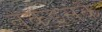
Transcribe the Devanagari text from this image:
तकइसके